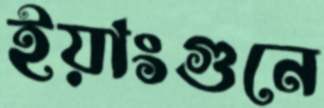
ইয়াংগুনে